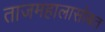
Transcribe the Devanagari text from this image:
ताजमहालासोबत